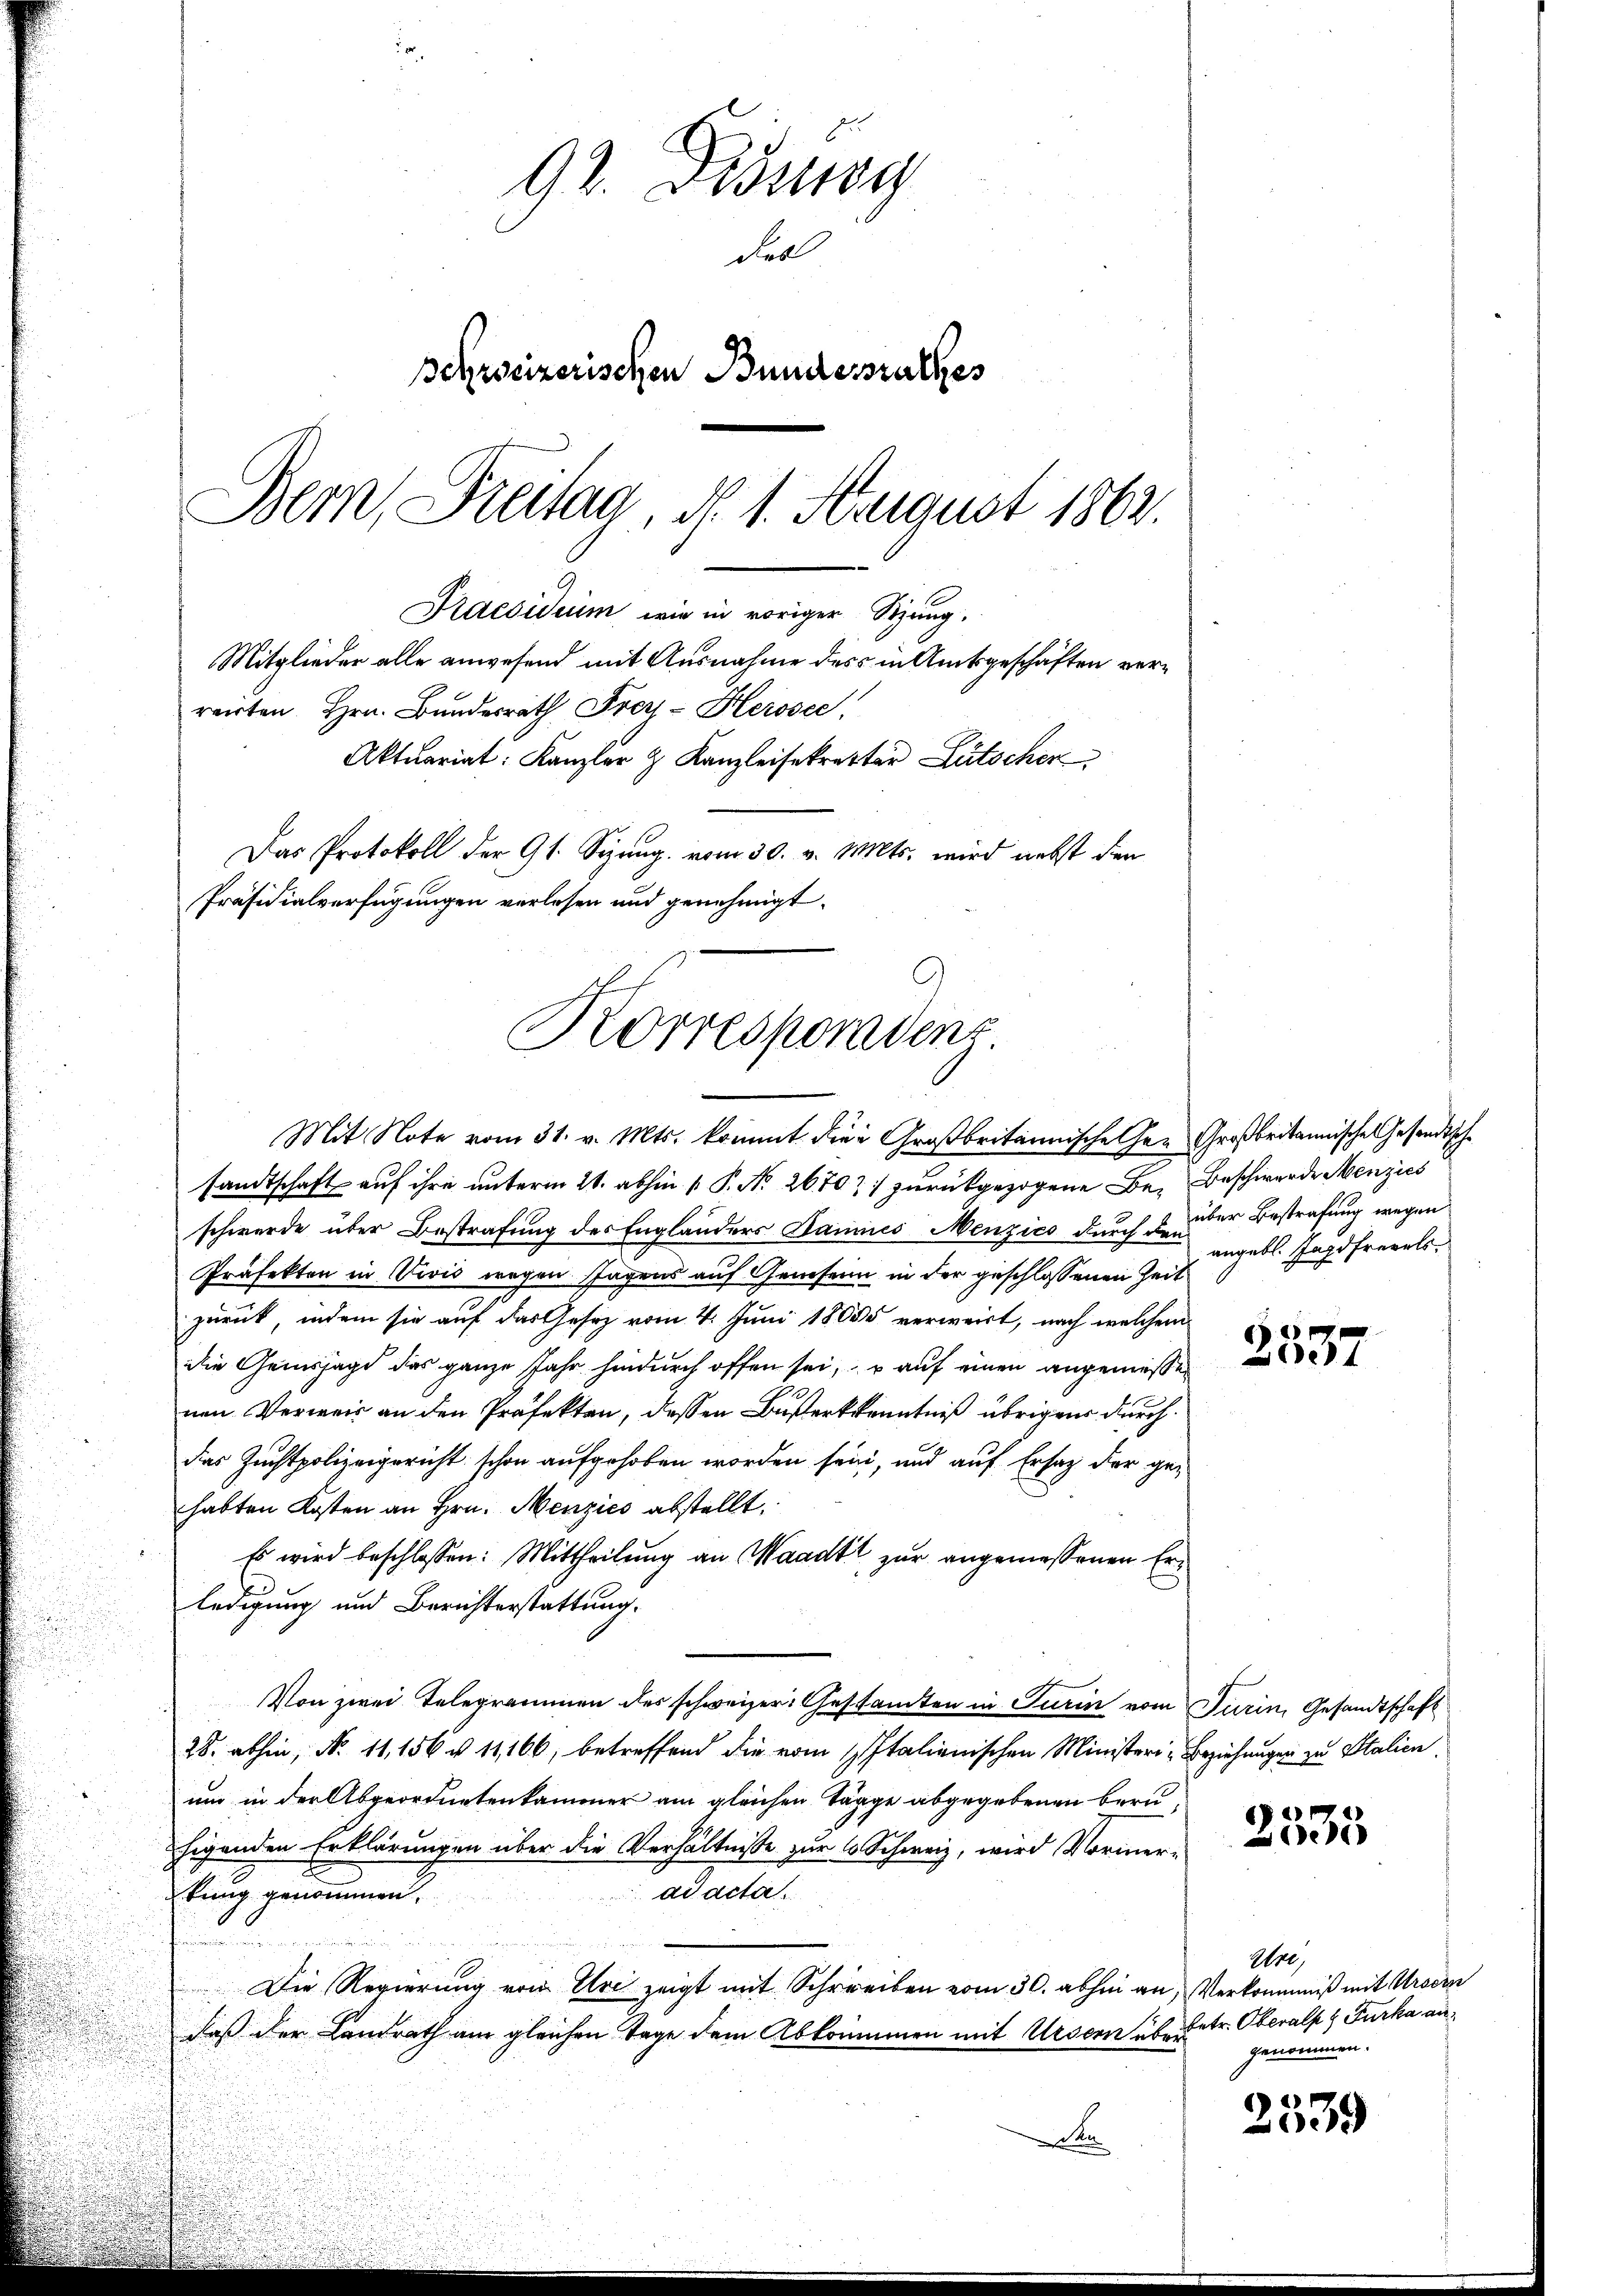
92. Dissag
Fes
schweizerischen Bundesrathes
Bern, Freitag, d. 1. August 1862.

Das Protokoll der Gl. Sizung vom 30. v. Mts. wird nebst den
Präsidialverfügungen verlesen und genehmigt.
Korresporadens

Praesidium wie in voriger Sitzung.
Mitglieder alle anwesend mit Ausnahme des in Amtsgeschäften verreirten Hrn. Bŭndesrath Frey-Herosec

Aktuariat: Kanzler & Kanzleisekretter Lütscher

Mit Note vom 31. v. Mts. kommt die Großbritannische Ge- Großbritannische Gesandtsche
sandtschaft auf ihre unterm 21. abhin  P. Nr. 2670) zurükgezogene Be- Beschwerde Menzies
schwerde über Bestrafung des Englanders Dannes Menzics durch zu der Bestrafung wegen
Präfekten in Vević wegen Tagens auf Geisen in der geschlossenen Zeit
zurück, indem sie auf das Gesetz vom 4. Juni 1865 verweist, nach welchem
die Geissage das ganze Jahr hindurch offen sei, u auf einen angemessen
nen Verweis an den Präfekten, dessen Baßerkenntniß übrigen durchdas Zuchtpolizeigericht schon aufgehoben worden sein, und auf Ersatz der gehabten Kosten an Hrn. Menzies abstellt.
Es wird beschlossen: Mittheilung an Waadt zur angemessenen Erledigung und Berichterstattung.
Von zwei Telegrammen des schweizer Gestandten in Turin vom Turin, Gesandtschaft
28. abhin, No 11, 156 u. 11,166, betreffend die vom Italienischen Ministeri, Beziehungen zu Stalien
um in der Abgeordnetenkammer am gleichen Tagge abgegebenen beruhigenden Erklärungen über die Verhältnisse zur 6 Schweiz, wird Vormerad acta.
bung genommen.
Die Regierung von Uri zeigt mit Schreiben vom 30. abhin an, Verkommniß mit Kroden
daß der Landrath am gleichen Tage dem Abkommen mit Ursern über
an

angebl. Jagdfrevels

e

2335

Ure,
betr. Oberalph Furka an
genommen.

2539